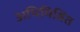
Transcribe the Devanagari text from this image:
अभिमिश्रित